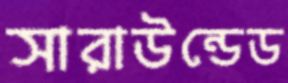
সারাউন্ডেড